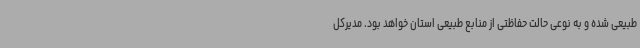
طبیعی شده و به نوعی حالت حفاظتی از منابع طبیعی استان خواهد بود. مدیرکل